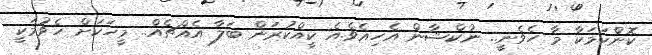
ކޮންކަމަކާ މާ ހެވެނީ.. ނުކްޝާން އެހިއެވެ.އެ ކީއްކުރަން ބަލާ އެއްޗެއް.. މީހަކަށް ހެވުމަކީ